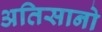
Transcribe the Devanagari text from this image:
अतिसानो